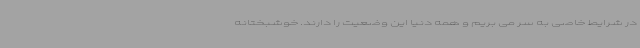
در شرایط خاصی به سر می بریم و همه دنیا این وضعیت را دارند. خوشبختانه